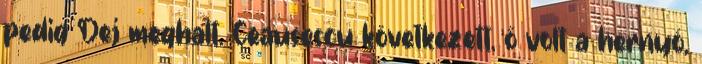
pedig Dej meghalt. Ceausescu következett, ő volt a hernyó,